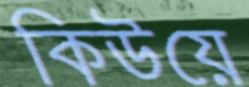
কিউয়ে